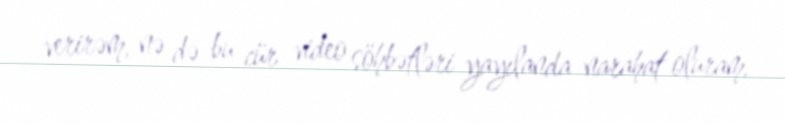
verirəm, nə də bu cür video söhbətləri yayılanda narahat oluram.